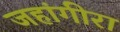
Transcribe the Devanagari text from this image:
जहांगीरा